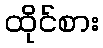
ထိုင်စား